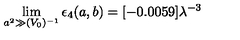
\lim _ { a ^ { 2 } \gg ( V _ { 0 } ) ^ { - 1 } } \epsilon _ { 4 } ( a , b ) = [ - 0 . 0 0 5 9 ] \lambda ^ { - 3 }